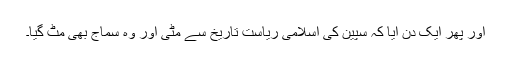
اور پھر ایک دن آیا کہ سپین کی اسلامی ریاست تاریخ سے مٹی اور وہ سماج بھی مٹ گیا۔